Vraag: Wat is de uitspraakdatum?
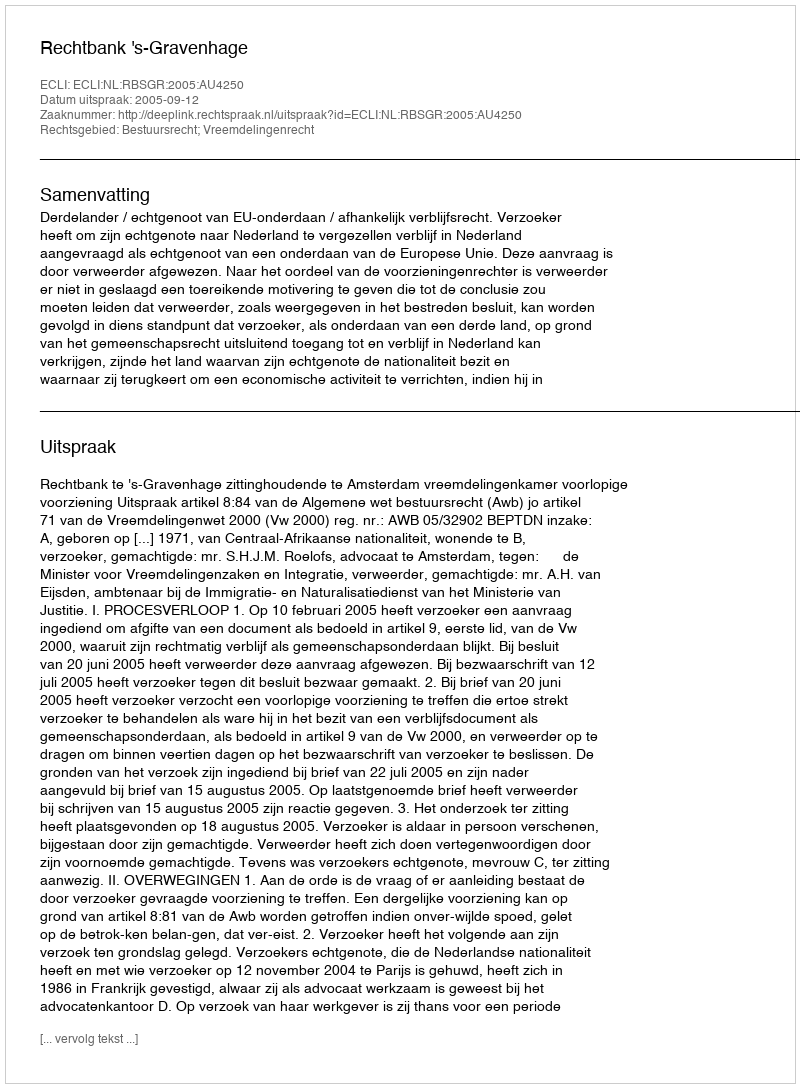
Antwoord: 2005-09-12